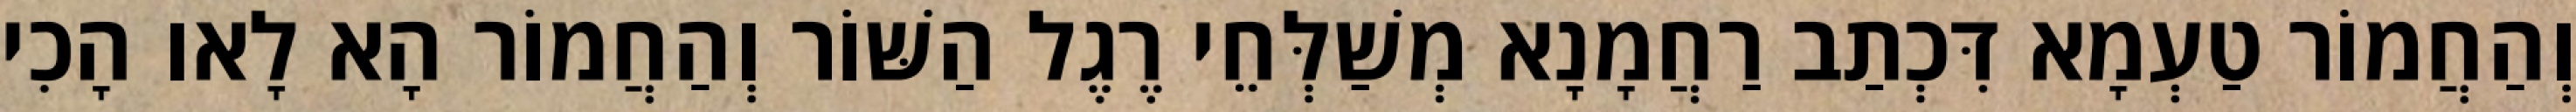
וְהַחֲמוֹר טַעְמָא דִּכְתַב רַחֲמָנָא מְשַׁלְּחֵי רֶגֶל הַשּׁוֹר וְהַחֲמוֹר הָא לָאו הָכִי